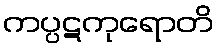
ကပ္ပဋကုရောတိ